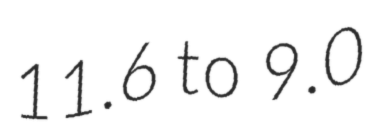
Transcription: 11.6 to 9.0